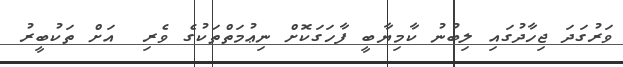
ވަރުގަދަ ޖިހާދުގައި ލިބުނު ކާމިޔާބީ ފާހަގަކޮށް ނިޢުމަތްތަކުގެ ވެރި  އަށް ތަކުބީރު